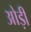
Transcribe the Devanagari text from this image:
ओड़ी